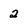
Character: 2